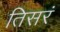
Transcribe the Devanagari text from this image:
तिसरं